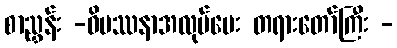
စာညွှန်း -ဝိပဿနာအလုပ်ပေး တရားတော်ကြီး -